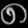
Digit: ၈